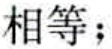
相等；